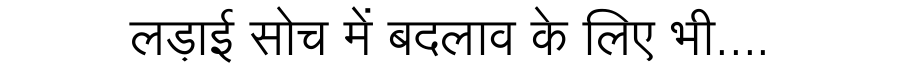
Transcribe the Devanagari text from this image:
लड़ाई सोच में बदलाव के लिए भी....